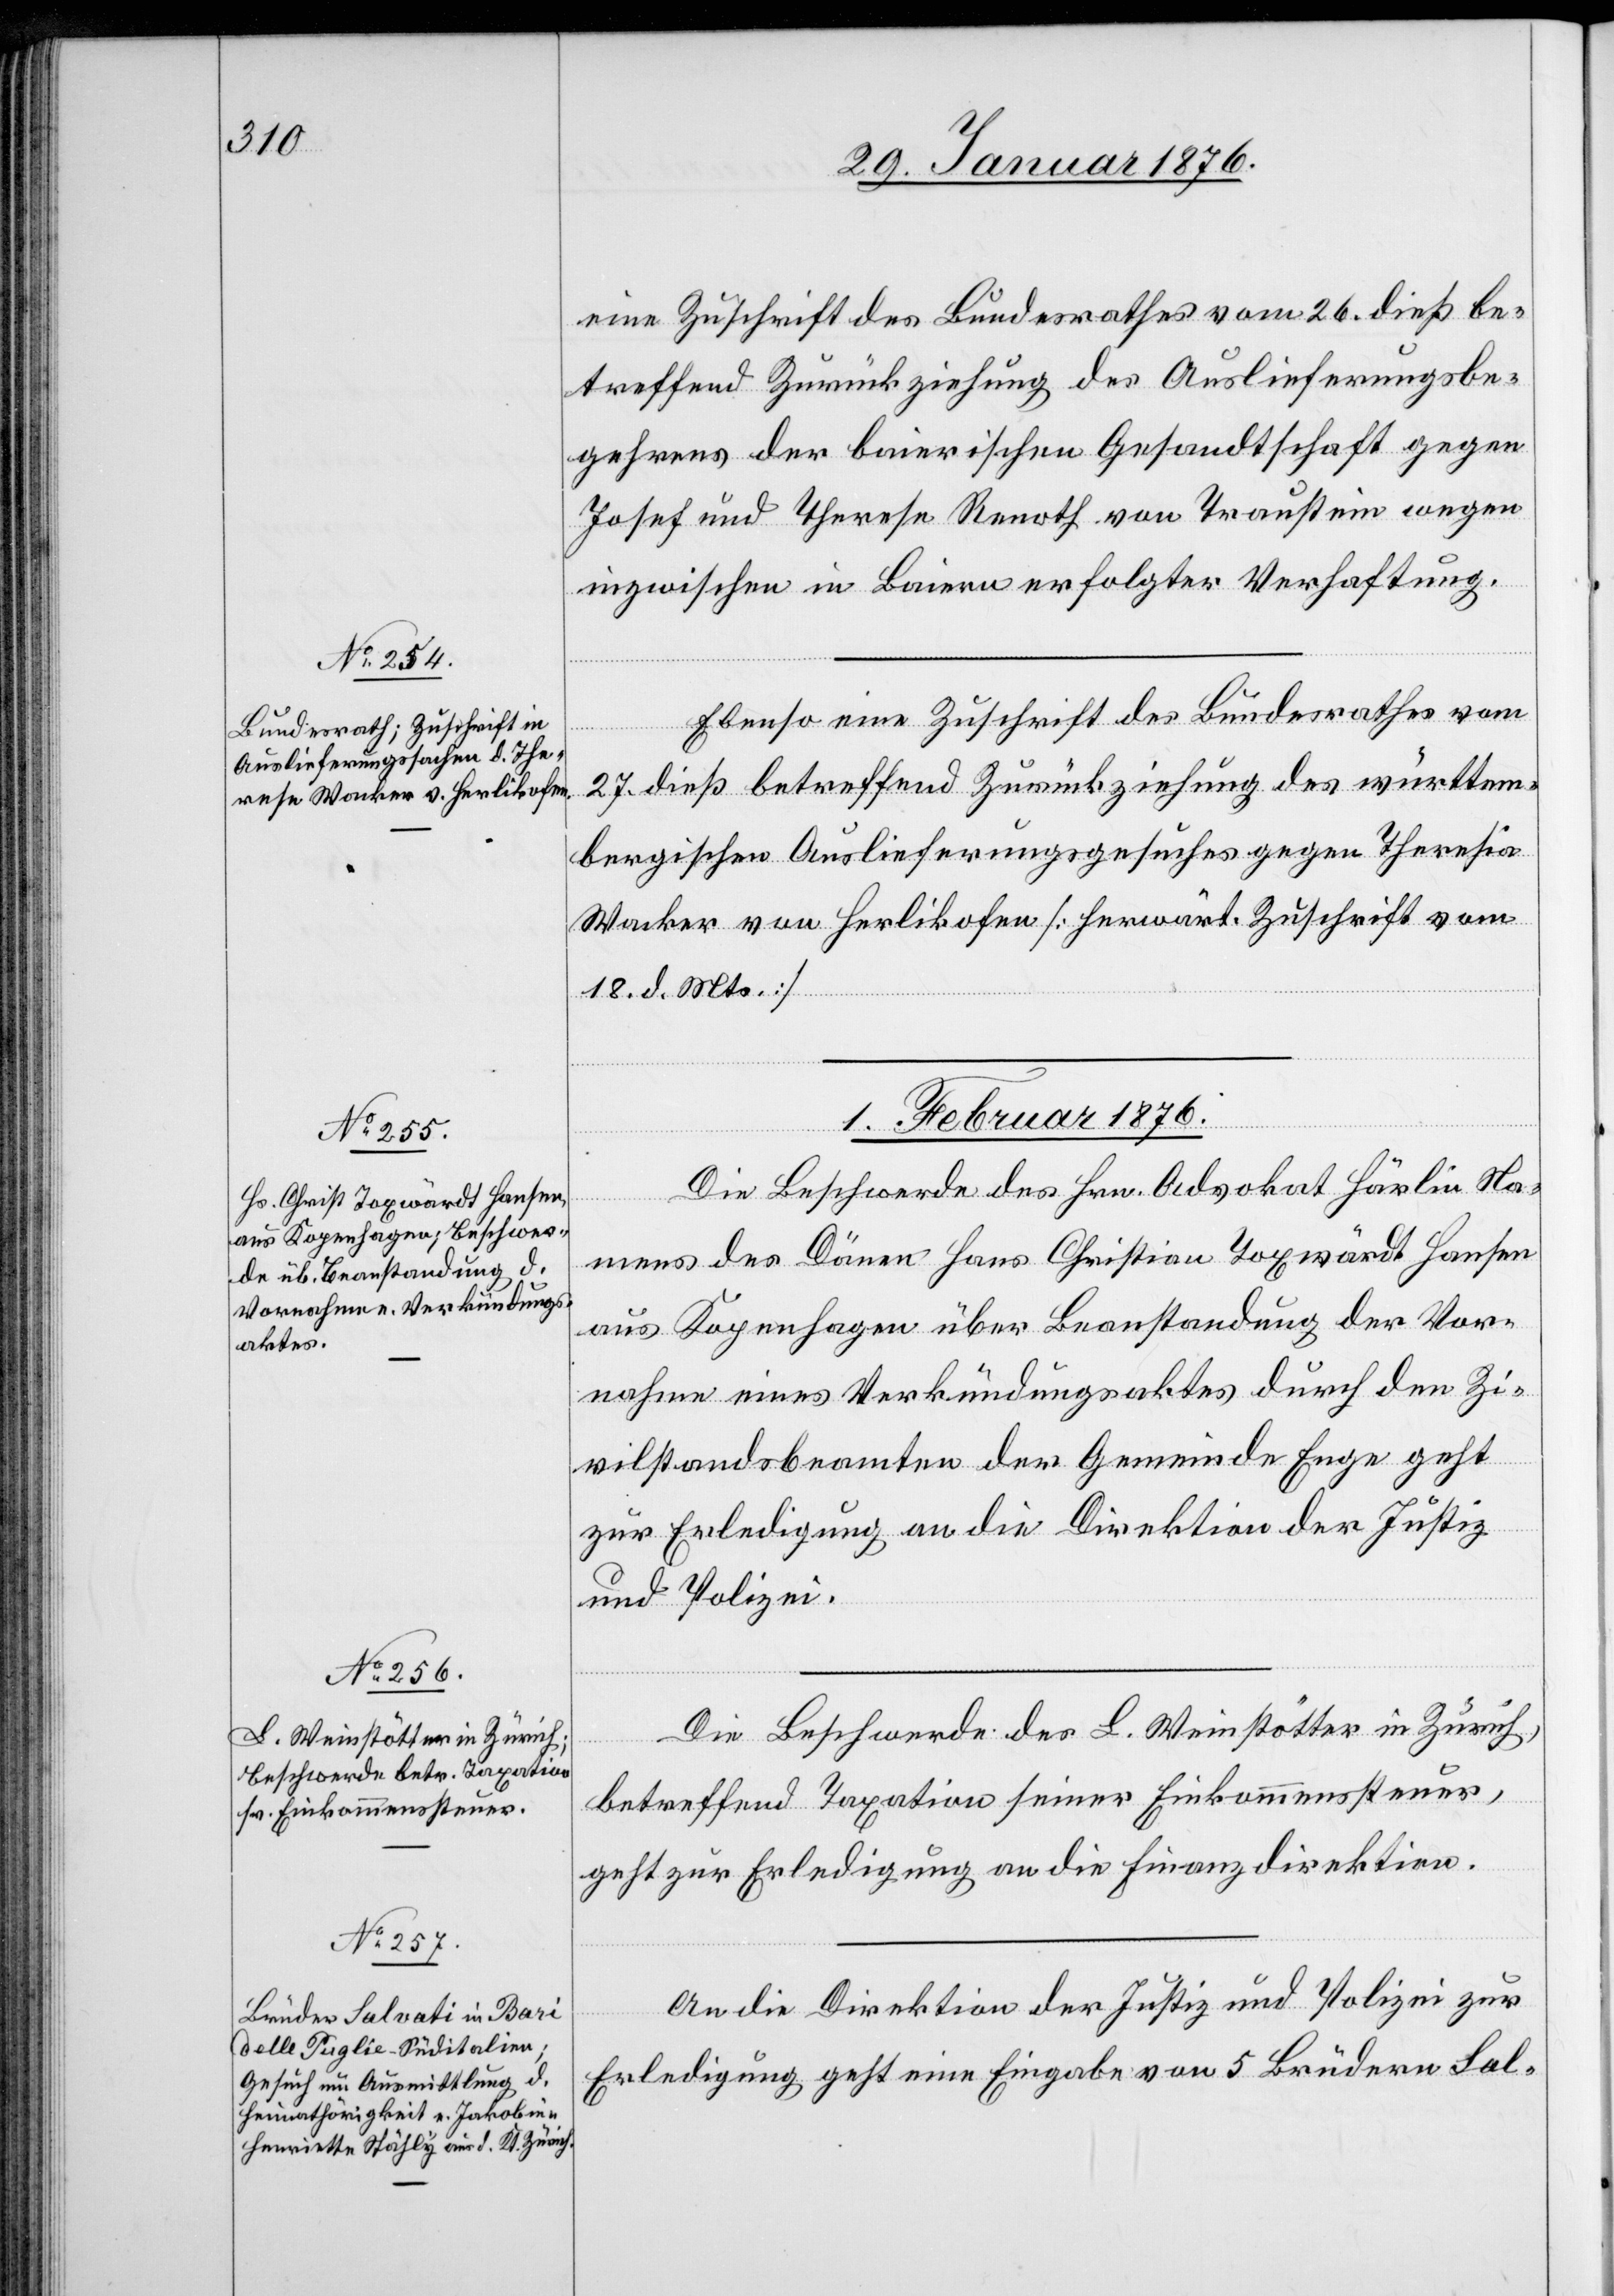
31. Januar 1876.]
eine Zuschrift des Bundesrathes vom 26. dieß be¬
treffend Zurückziehung des Auslieferungsbe¬
gehrens der baierischen Gesandtschaft gegen
Josef und Therese [sic!] Renoth von Traustein wegen
inzwischen in Baiern erfolgter Verhaftung.
Ebenso eine Zuschrift des Bundesrathes vom
27. dieß betreffend Zurückziehung des württem¬
bergischen Auslieferungsgesuches gegen Theresia
Wacker von Herlikofen [herwärt. Zuschrift vom
18. d. Mts.]
1. Februar 1876.]
Die Beschwerde des Hrn. Advokat Härlin Na¬
mens des Dänen Hans Christian Toxwärdt Hansen
aus Kopenhagen über Beanstandung der Vor¬
nahme eines Verkündungsaktes durch den Zi¬
vilstandsbeamten der Gemeinde Enge geht
zur Erledigung an die Direktion der Justiz
und Polizei.
Die Beschwerde des L. Weinstötter in Zürich,
betreffend Taxation seiner Einkommenssteuer,
geht zur Erledigung an die Finanzdirektion.
An die Direktion der Justiz und Polizei zur
Erledigung geht eine Eingabe von 5 Brüdern Sal-